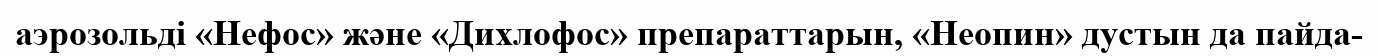
аэрозольді «Нефос» және «Дихлофос» препараттарын, «Неопин» дустын да пайда-